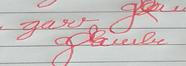
Signature authenticity: forged